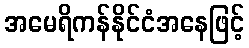
အမေရိကန်နိုင်ငံအနေဖြင့်